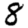
Digit: 8